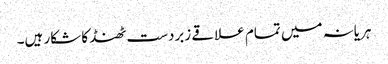
ہریانہ میں تمام علاقے زبردست ٹھنڈ کا شکار ہیں۔